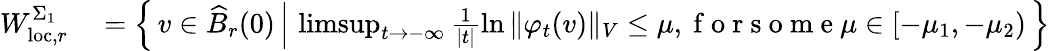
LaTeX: \begin{array}{rl}{W_{\mathrm{loc},r}^{\Sigma_{1}}}&{{}=\left\{ \, v\in\widehat{B}_{r}(0)\, \Big\vert\, \operatorname*{limsup}_{t\to-\infty}\frac{1}{|t|}\ln{\Vert\varphi_{t}(v)\Vert_{V}}\leq\mu,\mathrm{~f~o~r~s~o~m~e~}\mu\in[-\mu_{1},-\mu_{2})\, \right\} }\end{array}